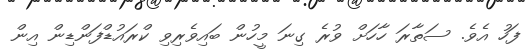
ފަހު އެވެ. ސަތާރަ ހާހަށް ވުރެ ގިނަ މީހުން ބައިވެރިވި ކްރައުޑްފަންޑިން އިން